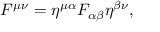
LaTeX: F ^ { \mu \nu } = \eta ^ { \mu \alpha } F _ { \alpha \beta } \eta ^ { \beta \nu } ,